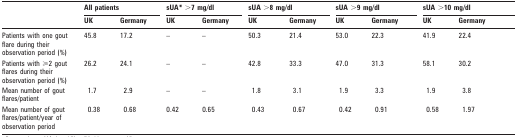
<table><thead><tr><td rowspan="2"></td><td colspan="2"><b>All patients</b></td><td colspan="2"><b>sUA* &gt;7 mg/dl</b></td><td colspan="2"><b>sUA &gt;8 mg/dl</b></td><td colspan="2"><b>sUA &gt;9 mg/dl</b></td><td colspan="2"><b>sUA &gt;10 mg/dl</b></td></tr><tr><td><b>UK</b></td><td><b>Germany</b></td><td><b>UK</b></td><td><b>Germany</b></td><td><b>UK</b></td><td><b>Germany</b></td><td><b>UK</b></td><td><b>Germany</b></td><td><b>UK</b></td><td><b>Germany</b></td></tr></thead><tbody><tr><td>Patients with one goutflare during theirobservation period (%)</td><td>45.8</td><td>17.2</td><td>–</td><td>–</td><td>50.3</td><td>21.4</td><td>53.0</td><td>22.3</td><td>41.9</td><td>22.4</td></tr><tr><td>Patients with ⩾2 goutflares during theirobservation period (%)</td><td>26.2</td><td>24.1</td><td>–</td><td>–</td><td>42.8</td><td>33.3</td><td>47.0</td><td>31.3</td><td>58.1</td><td>30.2</td></tr><tr><td>Mean number of goutflares/patient</td><td>1.7</td><td>2.9</td><td>–</td><td>–</td><td>1.8</td><td>3.1</td><td>1.9</td><td>3.3</td><td>1.9</td><td>3.8</td></tr><tr><td>Mean number of goutflares/patient/year ofobservation period</td><td>0.38</td><td>0.68</td><td>0.42</td><td>0.65</td><td>0.43</td><td>0.67</td><td>0.42</td><td>0.91</td><td>0.58</td><td>1.97</td></tr></tbody></table>